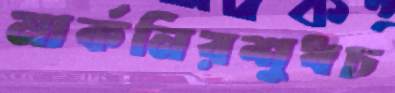
মার্কনিরশুধচ